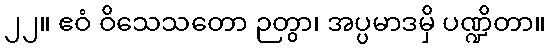
၂၂။ ဧဝံ ဝိသေသတော ဉတွာ၊ အပ္ပမာဒမှိ ပဏ္ဍိတာ။